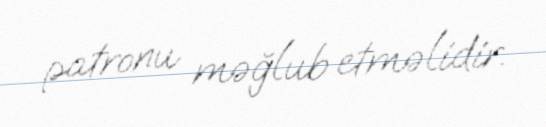
patronu məğlub etməlidir.